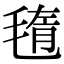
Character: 𣮲